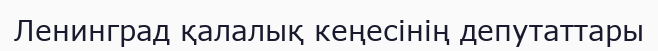
Ленинград қалалық кеңесінің депутаттары